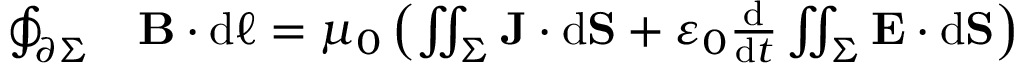
{ \begin{array} { r l } { \oint _ { \partial \Sigma } } & { \mathbf { B } \cdot \mathrm { d } { \boldsymbol { \ell } } = \mu _ { 0 } \left( \iint _ { \Sigma } \mathbf { J } \cdot \mathrm { d } \mathbf { S } + \varepsilon _ { 0 } { \frac { \mathrm { d } } { \mathrm { d } t } } \iint _ { \Sigma } \mathbf { E } \cdot \mathrm { d } \mathbf { S } \right) } \end{array} }